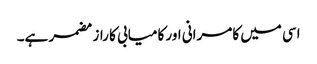
اسی میں کامرانی اور کامیابی کا راز مضمر ہے۔